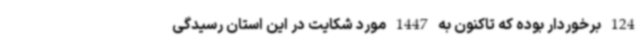
124 برخوردار بوده که تاکنون به 1447 مورد شکایت در این استان رسیدگی